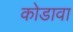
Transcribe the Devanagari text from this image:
कोडावा